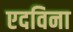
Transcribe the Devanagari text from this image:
एदविना